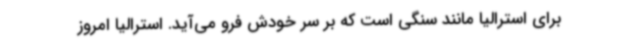
برای استرالیا مانند سنگی است که بر سر خودش فرو می‌آید. استرالیا امروز